Report of the Indian Hemp Drugs Commission, 1894-1895 - Volume IV
Year: 1894
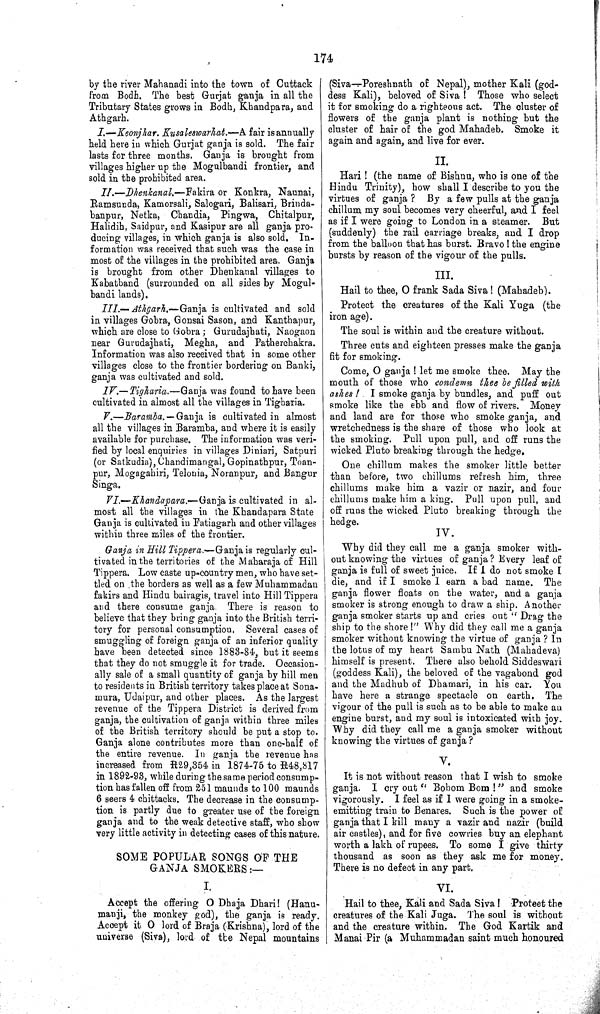
174
by the river Mahanadi into the town of Cuttack
from Bodh. The best Gurjat ganja in all the
Tributary States grows in Bodh, Khandpara, and
Athgarh.
I.—Keonjhar. Kusaleswarhat.—A fair is annually
held here in which Gurjat ganja is sold. The fair
lasts for three months. Ganja is brought from
villages higher up the Mogulbandi frontier, and
sold in the prohibited area.
II.—Dhenkanal.—Fakira or Konkra, Naunai,
Ramsunda, Kamorsali, Salogari, Balisari, Brinda-
banpur, Netka, Chandia, Pingwa, Chitalpur,
Halidih, Saidpur, and Kasipur are all ganja pro¬
ducing villages, in which ganja is also sold. In¬
formation was received that such was the case in
most of the villages in the prohibited area. Ganja
is brought from other Dhenkanal villages to
Kabatband (surrounded on all sides by Mogul¬
bandi lands).
III.—Athgarh.—Ganja is cultivated and sold
in villages Gobra, Gonsai Sason, and Kanthapur,
which are close to Gobra; Gurudajhati, Naogaon
near Gurudajhati, Megha, and Patherchakra.
Information was also received that in some other
villages close to the frontier bordering on Banki,
ganja was cultivated and sold.
IV.—Tigharia.—Ganja was found to have been
cultivated in almost all the villages in Tigharia.
V.—Baramba. —Ganja, is cultivated in almost
all the villages in Baramba, and where it is easily
available for purchase. The information was veri¬
fied by local enquiries in villages Diniari, Satpuri
(or Satkudia), Chandimangal, Gopinathpur, Toan-
pur, Mogagahiri, Telonia, Noranpur, and Bangur
Singa.
VI.—Khandapara.—Ganja is cultivated in al¬
most all the villages in the Khandapara State
Ganja is cultivated in Fatiagarh and other villages
within three miles of the frontier.
Ganja in Hill Tippera.—Ganja is regularly cul¬
tivated in the territories of the Maharaja of Hill
Tippera. Low caste up-country men, who have set¬
tled on the borders as well as a few Muhammadan
fakirs and Hindu bairagis, travel into Hill Tippera
and there consume ganja. There is reason to
believe that they bring ganja into the British terri¬
tory for personal consumption. Several cases of
smuggling of foreign ganja of an inferior quality
have been detected since 1883-84, but it seems
that they do not smuggle it for trade. Occasion¬
ally sale of a small quantity of ganja by hill men
to residents in British territory takes place at Sona-
mura, Udaipur, and other places. As the largest
revenue of the Tippera District is derived from
ganja, the cultivation of ganja within three miles
of the British territory should be put a stop to.
Ganja alone contributes more than one-half of
the entire revenue. In ganja the revenue has
increased from R29,354 in 1874-75 to R48,817
in 1892-93, while during the same period consump¬
tion has fallen off from 251 maunds to 100 maunds
6 seers 4 chittacks. The decrease in the consump¬
tion is partly due to greater use of the foreign
ganja and to the weak detective staff, who show
very little activity in detecting cases of this nature.
SOME POPULAR SONGS OF THE
GANJA SMOKERS:—
I.
Accept the offering O Dhaja Dhari! (Hanu-
manji, the monkey god), the ganja is ready.
Accept it O lord of Braja (Krishna), lord of the
universe (Siva), lord of the Nepal mountains
(Siva-Poreshnath of Nepal), mother Kali (god¬
dess Kali), beloved of Siva ! Those who select
it for smoking do a righteous act. The cluster of
flowers of the ganja plant is nothing but the
cluster of hair of the god Mahadeb. Smoke it
again and again, and live for ever.
II.
Hari ! (the name of Bishnu, who is one of the
Hindu Trinity), how shall I describe to you the
virtues of ganja ? By a few pulls at the ganja
chillum my soul becomes very cheerful, and I feel
as if I were going to London in a steamer. But
(suddenly) the rail carriage breaks, and I drop
from the balloon that has burst. Bravo ! the engine
bursts by reason of the vigour of the pulls.
III.
Hail to thee, O frank Sada Siva! (Mahadeb).
Protect the creatures of the Kali Yuga (the
iron age).
The soul is within and the creature without.
Three cuts and eighteen presses make the ganja
fit for smoking.
Come, O ganja ! let me smoke thee. May the
mouth of those who condemn thee be filled with
ashes !. I smoke ganja by bundles, and puff out
smoke like the ebb and flow of rivers. Money
and land are for those who smoke ganja, and
wretchedness is the share of those who look at
the smoking. Pull upon pull, and off runs the
wicked Pluto breaking through the hedge.
One chillum makes the smoker little better
than before, two chillums refresh him, three
chillums make him a vazir or nazir, and four
chillums make him a king. Pull upon pull, and
off runs the wicked Pluto breaking through the
hedge.
IV.
Why did they call me a ganja smoker with¬
out knowing the virtues of ganja? Every leaf of
ganja is full of sweet juice. If I do not smoke I
die, and if I smoke I earn a bad name. The
ganja flower floats on the water, and a ganja
smoker is strong enough to draw a ship. Another
ganja smoker starts up and cries out " Drag the
ship to the shore!" Why did they call me a ganja
smoker without knowing the virtue of ganja ? In
the lotus of my heart Sambu Nath (Mahadeva)
himself is present. There also behold Siddeswari
(goddess Kali), the beloved of the vagabond god
and the Madhub of Dhamari, in his car. You
have here a strange spectacle on earth. The
vigour of the pull is such as to be able to make an
engine burst, and my soul is intoxicated with joy.
Why did they call me a ganja smoker without
knowing the virtues of ganja ?
V.
It is not without reason that I wish to smoke
ganja. I cry out "Bobom Bom!" and smoke
vigorously. I feel as if I were going in a smoke-
emitting train to Benares. Such is the power of
ganja that I kill many a vazir and nazir (build
air castles), and for five cowries buy an elephant
worth a lakh of rupees. To some I give thirty
thousand as soon as they ask me for money.
There is no defect in any part.
VI.
Hail to thee, Kali and Sada Siva! Protect the
creatures of the Kali Juga. The soul is without
and the creature within. The God Kartik and
Manai Pir (a Muhammadan saint much honoured